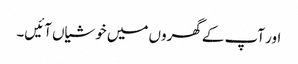
اور آپ کے گھروں میں خوشیاں آئیں۔